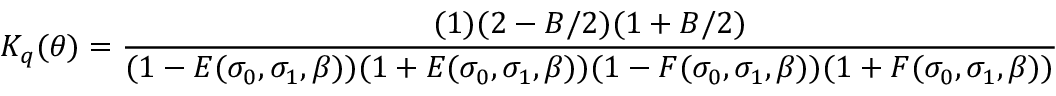
K _ { q } ( \theta ) = \frac { ( 1 ) ( 2 - B / 2 ) ( 1 + B / 2 ) } { ( 1 - E ( \sigma _ { 0 } , \sigma _ { 1 } , \beta ) ) ( 1 + E ( \sigma _ { 0 } , \sigma _ { 1 } , \beta ) ) ( 1 - F ( \sigma _ { 0 } , \sigma _ { 1 } , \beta ) ) ( 1 + F ( \sigma _ { 0 } , \sigma _ { 1 } , \beta ) ) }